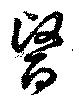
醫